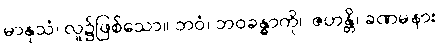
မာနုသံ၊ လူ၌ဖြစ်သော။ ဘဝံ၊ ဘဝခန္ဓာကို။ ဇဟန္တိ၊ ခဏမနား